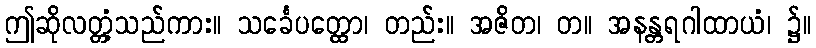
ဤဆိုလတ္တံ့သည်ကား။ သင်္ခေပတ္ထော၊ တည်း။ အဇိတ၊ တ။ အနန္တရဂါထာယံ၊ ၌။